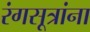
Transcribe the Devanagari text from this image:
रंगसूत्रांना